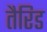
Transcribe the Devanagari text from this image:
तैरिड